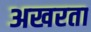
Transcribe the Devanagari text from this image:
अखरता